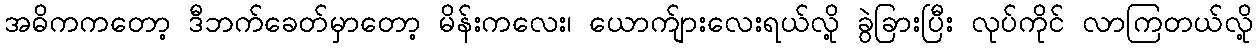
အဓိကကတော့ ဒီဘက်ခေတ်မှာတော့ မိန်းကလေး၊ ယောက်ျားလေးရယ်လို့ ခွဲခြားပြီး လုပ်ကိုင် လာကြတယ်လို့